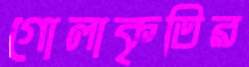
গোলাকৃতির